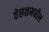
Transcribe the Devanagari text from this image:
वेरुळमधील